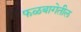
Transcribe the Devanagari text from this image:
फळबागेतील